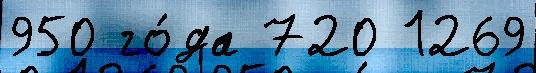
950 го́да 720 1269